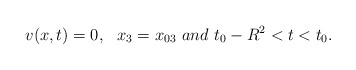
\begin{align*}v(x,t)=0,\,\,\,\,x_{3}=x_{03}\,\,and\,\, t_{0}-R^{2}< t< t_{0}.\end{align*}